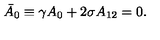
\bar { A } _ { 0 } \equiv \gamma A _ { 0 } + 2 \sigma A _ { 1 2 } = 0 .